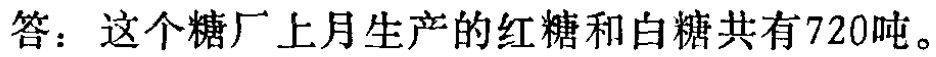
答：这个糖厂上月生产的红糖和白糖共有720吨。